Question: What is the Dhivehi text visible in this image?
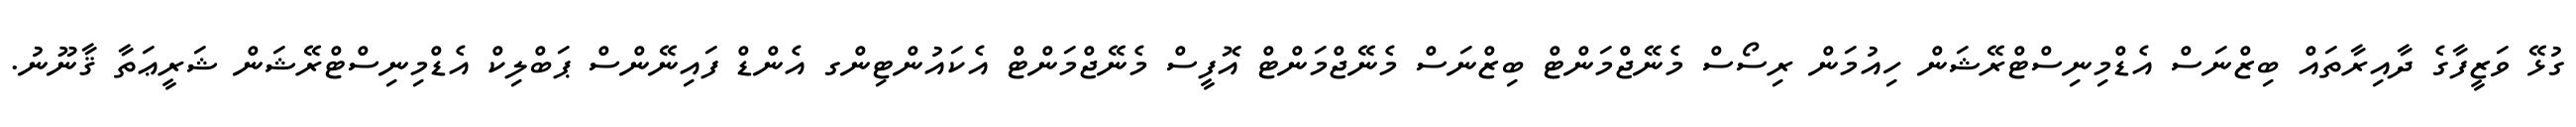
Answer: ގުޅޭ ވަޒީފާގެ ދާއިރާތައް ބިޒްނަސް އެޑްމިނިސްޓްރޭޝަން ހިއުމަން ރިސޯސް މެނޭޖްމަންޓް ބިޒްނަސް މެނޭޖްމަންޓް އޮފީސް މެނޭޖްމަންޓް އެކައުންޓިންގ އެންޑް ފައިނޭންސް ޕަބްލިކް އެޑްމިނިސްޓްރޭޝަން ޝަރީޢަތާ ޤާނޫނު.